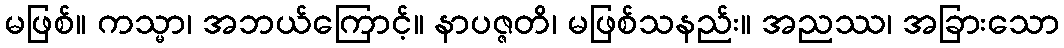
မဖြစ်။ ကသ္မာ၊ အဘယ်ကြောင့်။ နာပဇ္ဇတိ၊ မဖြစ်သနည်း။ အညဿ၊ အခြားသော